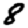
Digit: 8